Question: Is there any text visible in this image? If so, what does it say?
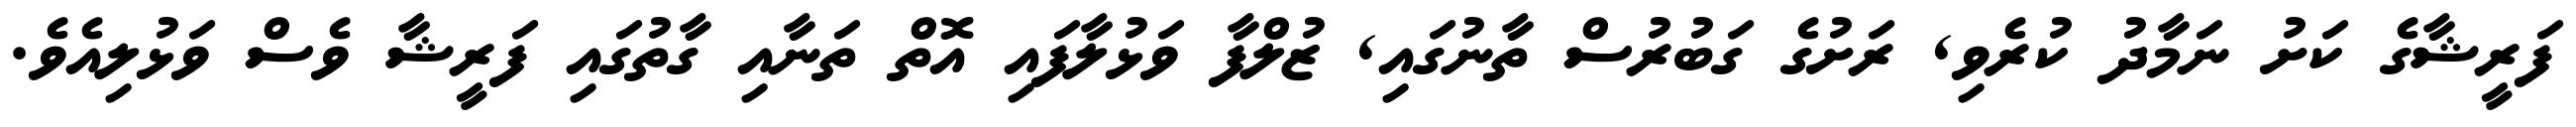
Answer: ފަރީޝާގެ ކަށު ނަމާދު ކުރެވި, ރަށުގެ ގަބުރުސް ތާނުގައި, ޒުލްފާ ވަޅުލާފައި އޮތް ތަނާއި ގާތުގައި ފަރީޝާ ވެސް ވަޅުލިއެވެ.